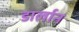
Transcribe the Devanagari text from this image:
डार्लान